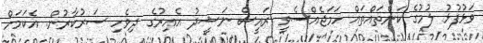
ވަޅުފުޅު ލުމުގެ ކަންތައްތައް ހަމަޖެއްސެވީ ރައީސް ނަޝީދު އެއިރުގެ ދިވެހި ސަރުކާރުން. އެކަމަށް